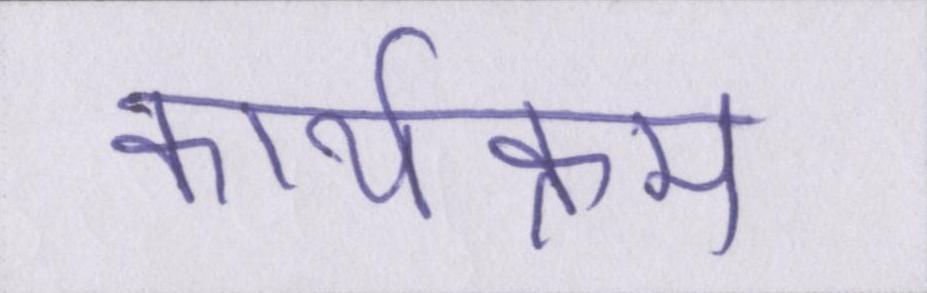
कार्यक्रम